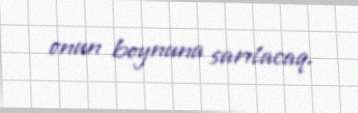
onun boynuna sarılacaq.